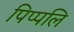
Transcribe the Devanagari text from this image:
पिप्पलि